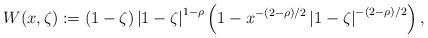
LaTeX: \begin{align*}W(x,\zeta):=\left(1-\zeta\right)\left|1-\zeta\right|^{1-\rho}\left(1-x^{-(2-\rho)/2}\left|1-\zeta\right|^{-(2-\rho)/2}\right),\end{align*}